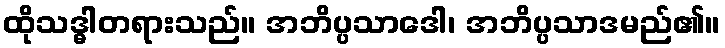
ထိုသဒ္ဓါတရားသည်။ အဘိပ္ပသာဒေါ၊ အဘိပ္ပသာဒမည်၏။